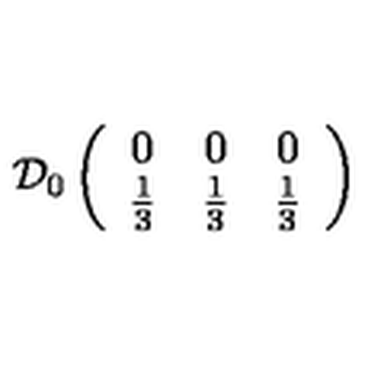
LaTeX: \mathcal { D } _ { 0 } \left( \begin{array} { c c c } { 0 } & { 0 } & { 0 } \\ { \frac { 1 } { 3 } } & { \frac { 1 } { 3 } } & { \frac { 1 } { 3 } } \\ \end{array} \right)